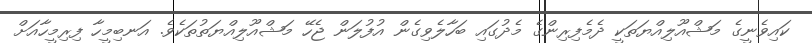
ކައިވެނީގެ މަޝްއޫލިއްޔަތަކީ ދެމެފިރިންގެ މެދުގައި ބަހާލެވިގެން އުފުލަން ޖެހޭ މަޝްއޫލިއްޔަތުތަކެވެ. އަނބިމީހާ ފިރިމީހާއަށް